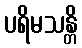
ပရိမသန္တိ